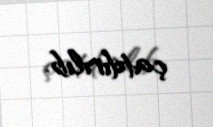
çatdırılıb.